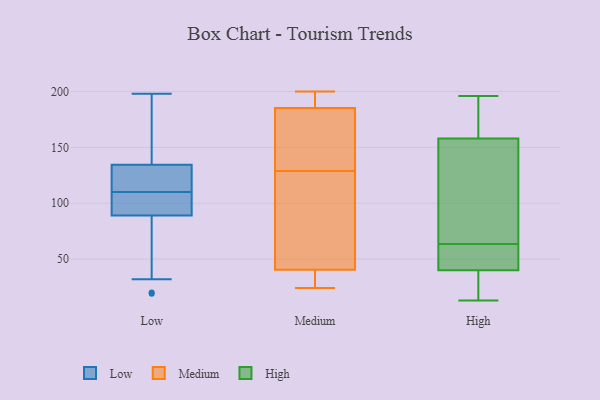
{"axis": {"x": "Energy Usage (MWh)", "y": "Value"}, "legend": ["High", "Low", "Medium"], "data": [{"x": "", "y": 20, "type": "Low"}, {"x": "", "y": 121, "type": "Low"}, {"x": "", "y": 64, "type": "Low"}, {"x": "", "y": 122, "type": "Low"}, {"x": "", "y": 198, "type": "Low"}, {"x": "", "y": 143, "type": "Low"}, {"x": "", "y": 179, "type": "Low"}, {"x": "", "y": 32, "type": "Low"}, {"x": "", "y": 148, "type": "Low"}, {"x": "", "y": 19, "type": "Low"}, {"x": "", "y": 85, "type": "Low"}, {"x": "", "y": 93, "type": "Low"}, {"x": "", "y": 97, "type": "Low"}, {"x": "", "y": 95, "type": "Low"}, {"x": "", "y": 99, "type": "Low"}, {"x": "", "y": 109, "type": "Low"}, {"x": "", "y": 127, "type": "Low"}, {"x": "", "y": 142, "type": "Low"}, {"x": "", "y": 111, "type": "Low"}, {"x": "", "y": 119, "type": "Low"}, {"x": "", "y": 129, "type": "Medium"}, {"x": "", "y": 200, "type": "Medium"}, {"x": "", "y": 29, "type": "Medium"}, {"x": "", "y": 24, "type": "Medium"}, {"x": "", "y": 183, "type": "Medium"}, {"x": "", "y": 199, "type": "Medium"}, {"x": "", "y": 186, "type": "Medium"}, {"x": "", "y": 27, "type": "Medium"}, {"x": "", "y": 75, "type": "Medium"}, {"x": "", "y": 149, "type": "Medium"}, {"x": "", "y": 85, "type": "Medium"}, {"x": "", "y": 73, "type": "High"}, {"x": "", "y": 185, "type": "High"}, {"x": "", "y": 191, "type": "High"}, {"x": "", "y": 56, "type": "High"}, {"x": "", "y": 13, "type": "High"}, {"x": "", "y": 158, "type": "High"}, {"x": "", "y": 40, "type": "High"}, {"x": "", "y": 52, "type": "High"}, {"x": "", "y": 196, "type": "High"}, {"x": "", "y": 48, "type": "High"}, {"x": "", "y": 15, "type": "High"}, {"x": "", "y": 145, "type": "High"}, {"x": "", "y": 26, "type": "High"}, {"x": "", "y": 71, "type": "High"}]}